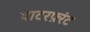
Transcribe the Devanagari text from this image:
वाटरफ़्रंट